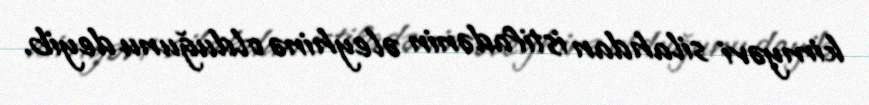
kimyəvi silahdan istifadənin əleyhinə olduğunu deyib.